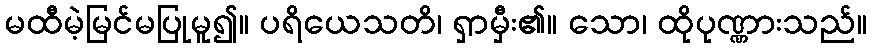
မထီမဲ့မြင်မပြုမူ၍။ ပရိယေသတိ၊ ရှာမှီး၏။ သော၊ ထိုပုဏ္ဏားသည်။